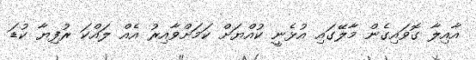
އާއިލާ ގޮވައިގެން މާލޭގައި އުޅެނީ ކުއްޔަށް ކަމަށްވާއިރު އެއް ލައްކަ ރުފިޔާ ކުޑަ